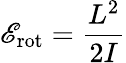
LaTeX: \mathscr{E}_{\mathrm{{rot}}}={\frac{{L^{2}}}{{2I}}}